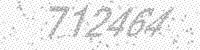
Solution: 712464